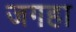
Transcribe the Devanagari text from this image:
जगहा